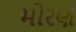
મોરણ